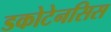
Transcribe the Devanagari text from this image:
डकोटेनसिस